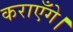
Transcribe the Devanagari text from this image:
कराएँगे।